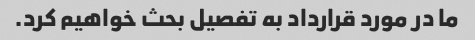
ما در مورد قرارداد به تفصیل بحث خواهیم کرد.